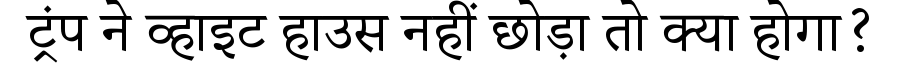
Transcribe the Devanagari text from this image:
ट्रंप ने व्हाइट हाउस नहीं छोड़ा तो क्या होगा?